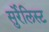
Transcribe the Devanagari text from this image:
सुर्रेलिस्ट